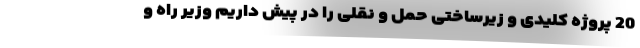
20 پروژه کلیدی و زیرساختی حمل ‌و نقلی را در پیش داریم وزیر راه و